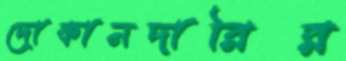
দোকানদারির